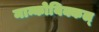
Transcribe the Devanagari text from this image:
मान्कोयिक्कल्